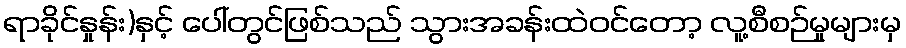
ရာခိုင်နှုန်း)နှင့် ပေါ်တွင်ဖြစ်သည် သွားအခန်းထဲဝင်တော့ လူ့စီစဉ်မှုများမှ